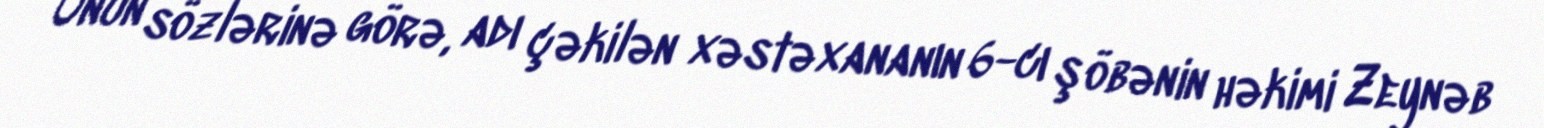
Onun sözlərinə görə, adı çəkilən xəstəxananın 6-cı şöbənin həkimi Zeynəb